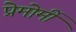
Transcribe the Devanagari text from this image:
प्रेमोर्मी